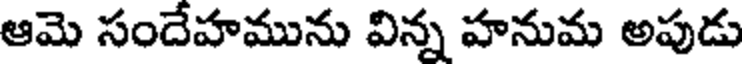
ఆమె సందేహమును విన్న హనుమ అపుడు